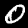
Digit: 0